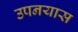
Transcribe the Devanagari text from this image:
उपनयास